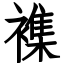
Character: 襍